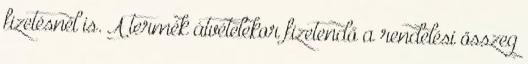
fizetésnél is. A termék átvételekor fizetendő a rendelési összeg